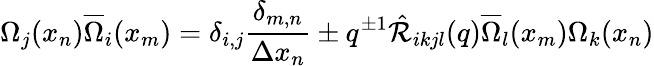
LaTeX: \Omega_{j}(x_{n})\overline{{{\Omega}}}_{i}(x_{m})=\delta_{i,j}\frac{\delta_{m,n}}{\Delta x_{n}}\pm q^{\pm 1}\hat{{\cal R}}_{ikjl}(q)\overline{{{\Omega}}}_{l}(x_{m})\Omega_{k}(x_{n})